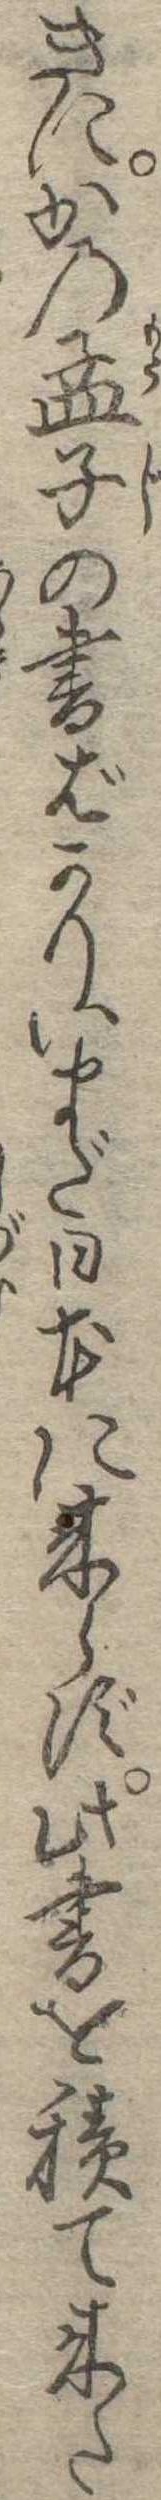
きにかの孟子の書ばかりいまだ日本に来らず此書を積て来た